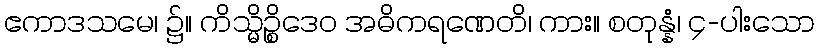
ဧကာဒသမေ၊ ၌။ ကိသ္မိဉ္စိဒေဝ အဓိကရဏေတိ၊ ကား။ စတုန္နံ၊ ၄-ပါးသော